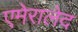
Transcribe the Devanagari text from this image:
एमेरालेद